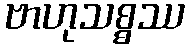
ဗာဟုသစ္စဿ